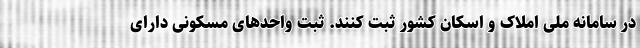
در سامانه ملی املاک و اسکان کشور ثبت کنند. ثبت واحدهای مسکونی دارای